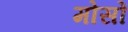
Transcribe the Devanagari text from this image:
मोसों